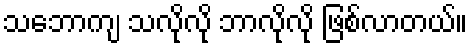
သဘောကျ သလိုလို ဘာလိုလို ဖြစ်လာတယ်။